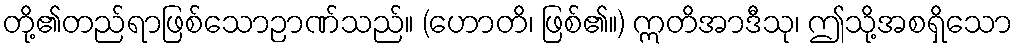
တို့၏တည်ရာဖြစ်သောဉာဏ်သည်။ (ဟောတိ၊ ဖြစ်၏။) ဣတိအာဒီသု၊ ဤသို့အစရှိသော